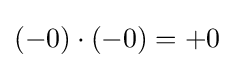
(-0)\cdot (-0)=+0\,\!